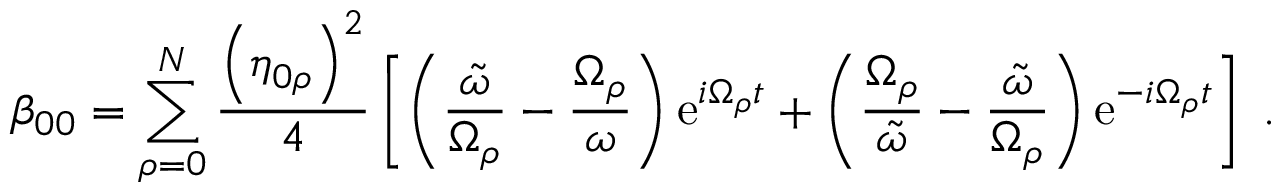
\beta _ { 0 0 } = \sum _ { \rho = 0 } ^ { N } \frac { \left( \eta _ { 0 \rho } \right) ^ { 2 } } { 4 } \left[ \left( \frac { \tilde { \omega } } { \Omega _ { \rho } } - \frac { \Omega _ { \rho } } { \omega } \right) \mathrm { e } ^ { i \Omega _ { \rho } t } + \left( \frac { \Omega _ { \rho } } { \tilde { \omega } } - \frac { \tilde { \omega } } { \Omega _ { \rho } } \right) \mathrm { e } ^ { - i \Omega _ { \rho } t } \right] \; .